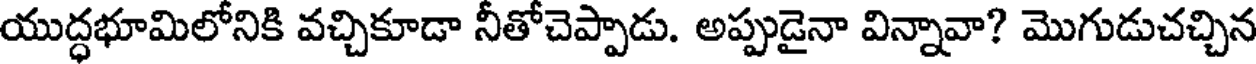
యుద్ధభూమిలోనికి వచ్చికూడా నీతోచెప్పాడు. అప్పుడైనా విన్నావా? మొగుడుచచ్చిన